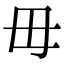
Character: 毋